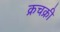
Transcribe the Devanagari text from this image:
क्रचक्री